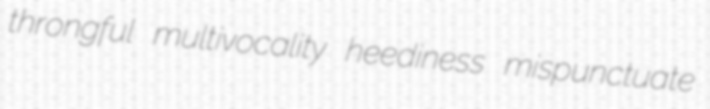
throngful multivocality heediness mispunctuate